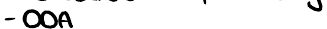
- OOA